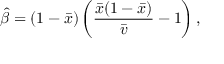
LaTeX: { \hat { \beta } } = ( 1 - { \bar { x } } ) \left( { \frac { { \bar { x } } ( 1 - { \bar { x } } ) } { \bar { v } } } - 1 \right) ,